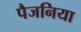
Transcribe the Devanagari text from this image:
पैजनिया